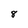
Character: 8